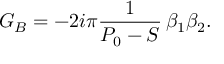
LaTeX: G _ { B } = - 2 i \pi { \frac { 1 } { P _ { 0 } - S } } \, \beta _ { 1 } \beta _ { 2 } . \,